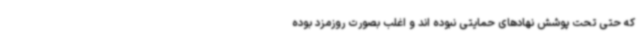
که حتی تحت پوشش نهادهای حمایتی نبوده اند و اغلب بصورت روزمزد بوده